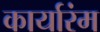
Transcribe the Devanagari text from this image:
कार्यारंम